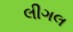
લીગલ